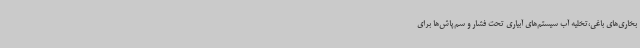
بخاری‌های باغی،تخلیه آب سیستم‌های آبیاری تحت فشار و سم‌پاش‌ها برای